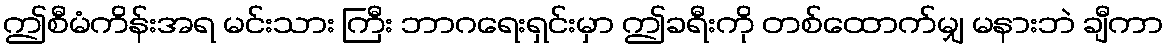
ဤစီမံကိန်းအရ မင်းသား ကြီး ဘာဂရေးရှင်းမှာ ဤခရီးကို တစ်ထောက်မျှ မနားဘဲ ချီကာ